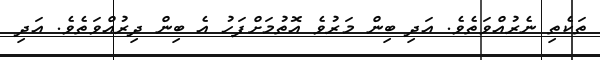
ތަކެތި ނެރުއްވަތެވެ. އަދި ބިން މަރުވެ އޮތުމަށްފަހު އެ ބިން ދިރުއްވަތެވެ. އަދި